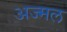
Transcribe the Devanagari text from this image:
अज्मल